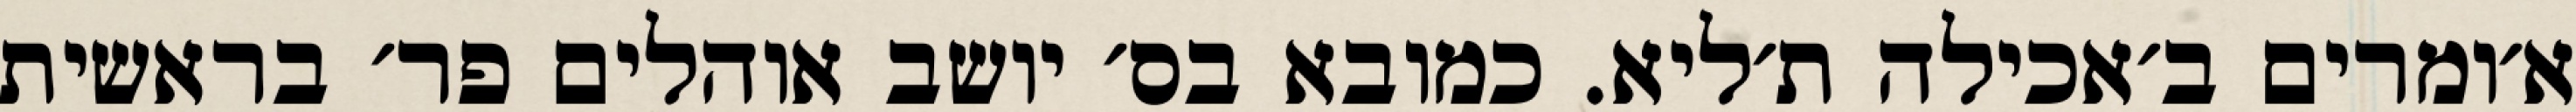
א׳ומרים ב׳אכילה ת׳ליא. כמובא בס׳ יושב אוהלים פר׳ בראשית